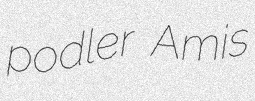
podler Amis